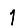
Digit: 1